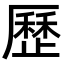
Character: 歷